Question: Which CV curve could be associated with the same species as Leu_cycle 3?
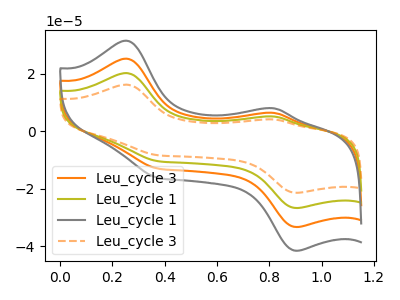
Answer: <think>The orange curve "Leu_cycle 3" has anodic peaks at (0.25V, 40.45uA) (0.80V, 10.20uA) and cathodic peaks at (0.90V, -53.35uA) (0.35V, -20.75uA). The olive curve "Leu_cycle 1" has anodic peaks at (0.25V, 20.20uA) (0.80V, 5.10uA) and cathodic peaks at (0.90V, -26.65uA) (0.35V, -10.40uA). The gray curve "Leu_cycle 1" has anodic peaks at (0.25V, 60.65uA) (0.80V, 15.30uA) and cathodic peaks at (0.90V, -80.00uA) (0.35V, -31.15uA). The orange dashed curve "Leu_cycle 3" has anodic peaks at (0.25V, 16.20uA) (0.80V, 4.10uA) and cathodic peaks at (0.90V, -21.35uA) (0.35V, -8.30uA).
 All the peaks in "Leu_cycle 3" have a peak in "Leu_cycle 1" at the same potential. Every peak in "Leu_cycle 3" is higher than every peak in "Leu_cycle 1". All the peaks in "Leu_cycle 3" have a peak in "Leu_cycle 1" at the same potential. Every peak in "Leu_cycle 3" is lower than every peak in "Leu_cycle 1". All the peaks in "Leu_cycle 3" have a peak in "Leu_cycle 3" at the same potential. Every peak in "Leu_cycle 3" is higher than every peak in "Leu_cycle 3". All the peaks in "Leu_cycle 1" have a peak in "Leu_cycle 1" at the same potential. Every peak in "Leu_cycle 1" is lower than every peak in "Leu_cycle 1". All the peaks in "Leu_cycle 1" have a peak in "Leu_cycle 3" at the same potential. Every peak in "Leu_cycle 1" is higher than every peak in "Leu_cycle 3". All the peaks in "Leu_cycle 1" have a peak in "Leu_cycle 3" at the same potential. Every peak in "Leu_cycle 1" is higher than every peak in "Leu_cycle 3".</think>
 <answer>"Leu_cycle 3", "Leu_cycle 1" and "Leu_cycle 1" have a similar shape to "Leu_cycle 3".</answer>
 <eval>"Leu_cycle 3" "Leu_cycle 1" "Leu_cycle 1"</eval>